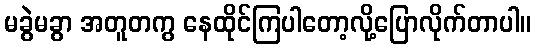
မခွဲမခွာ အတူတကွ နေထိုင်ကြပါတော့လို့ပြောလိုက်တာပါ။